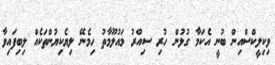
ވިކިލީކްސްއިން ބުނީ އެކަމާ ގުޅުން ހުރި ސިއްރު މައުލޫމާތު ހިމެނޭ ލިޔެކިޔުންތަކެއް ލިބިފައިވާ